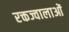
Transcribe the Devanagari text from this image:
रक्तज्वालाओं